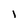
Character: 1